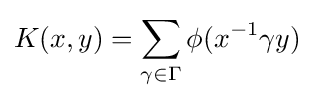
K(x,y)=\sum _{\gamma \in \Gamma }\phi (x^{-1}\gamma y)